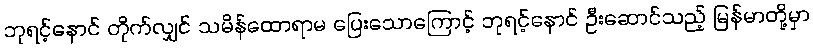
ဘုရင့်နောင် တိုက်လျှင် သမိန်ထောရာမ ပြေးသောကြောင့် ဘုရင့်နောင် ဦးဆောင်သည့် မြန်မာတို့မှာ